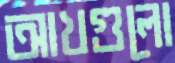
আখগুলো